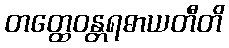
တတ္ထေဝန္တရဓာယတီတိ